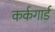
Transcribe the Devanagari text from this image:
कर्कगार्ड